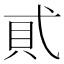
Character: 𧴮